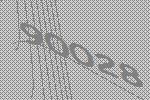
90028